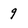
Character: 9